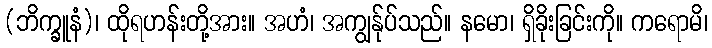
(ဘိက္ခူနံ)၊ ထိုရဟန်းတို့အား။ အဟံ၊ အကျွန်ုပ်သည်။ နမော၊ ရှိခိုးခြင်းကို။ ကရောမိ၊